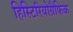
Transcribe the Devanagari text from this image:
हिस्टिरियोग्रैफिक